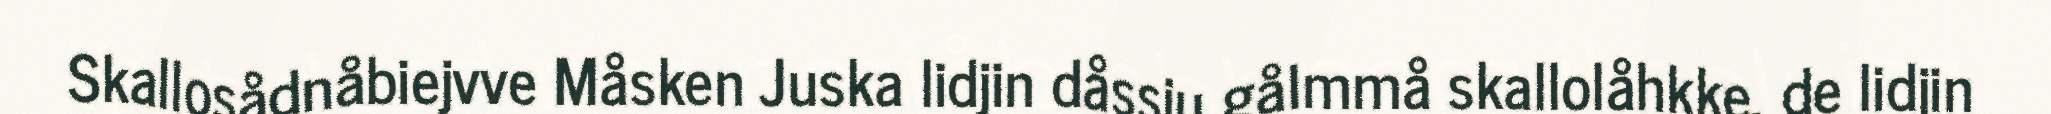
Skallosådnåbiejvve Måsken Juska lidjin dåssju gålmmå skallolåhkke, de lidjin